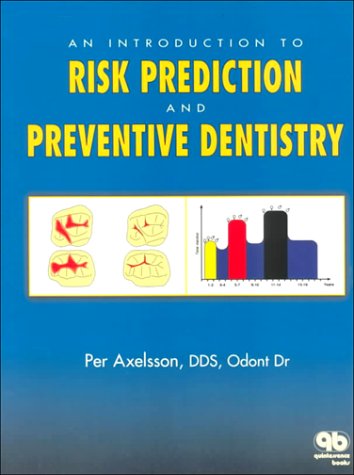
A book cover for An Introduction to Risk Prediction and Preventive Dentistry; Per Axelsson; Medical Books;